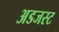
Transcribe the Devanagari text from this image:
अडजस्ट